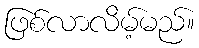
ဖြစ်လာလိမ့်မည်။